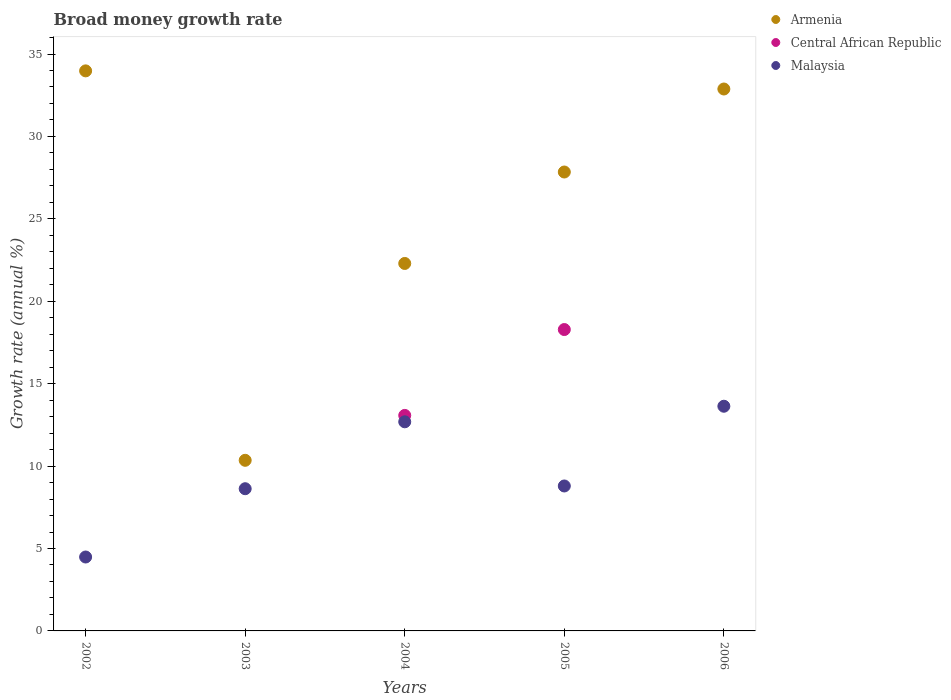
| Years | Armenia | Central African Republic | Malaysia |
 | --- | --- | --- | --- |
 | 2002 | 34 | -5.08 | 4.48 |
 | 2003 | 10.4 | -7.64 | 8.63 |
 | 2004 | 22.3 | 13.1 | 12.7 |
 | 2005 | 27.8 | 18.3 | 8.79 |
 | 2006 | 32.9 | -4.59 | 13.6 |